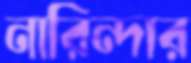
নারিন্দার